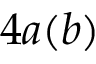
4 a ( b )